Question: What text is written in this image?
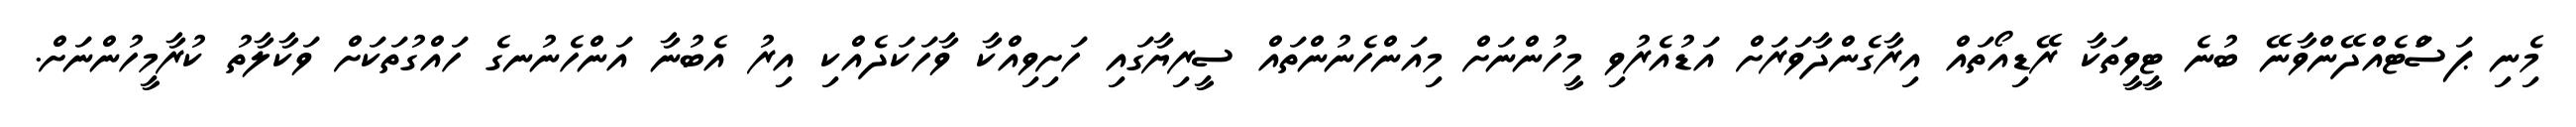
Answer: މިެނި ޕަސަްޓެއްދޭންވާނޭ ބުނެ ޓީވީތަކާ ރޭޑިއޯތައް އިރާގެންދާވަރަށް އަޑުއެރުވި މީހުންނަށް މިއަންހެނުންތައް ސީރިޔާގައި ހަށިވިއްކާ ވާހަކަދެއްކި އިރު އެބުނާ އަންހެނުނގެ ހައްގުތަކަށް ވަކާލާތު ކުރާމީހުންނަށް.